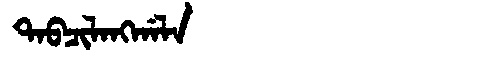
Manchu: ᡨᠠᠪᠴᡳᠯᠠᠩᡤᠠᠯᠠ
Romanization: TABCILANGGALA